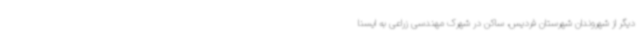
دیگر از شهروندان شهرستان فردیس، ساکن در شهرک مهندسی زراعی به ایسنا